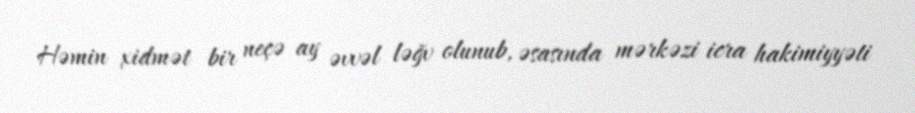
Həmin xidmət bir neçə ay əvvəl ləğv olunub, əsasında mərkəzi icra hakimiyyəti